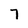
Character: 7